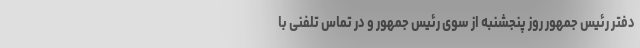
دفتر رئیس جمهور روز پنجشنبه از سوی رئیس جمهور و در تماس تلفنی با